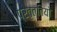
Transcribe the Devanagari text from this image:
प्रवृत्तियो